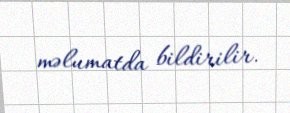
məlumatda bildirilir.